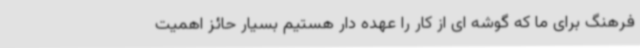
فرهنگ برای ما که گوشه ای از کار را عهده دار هستیم بسیار حائز اهمیت